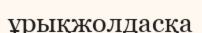
ұрықжолдасқа